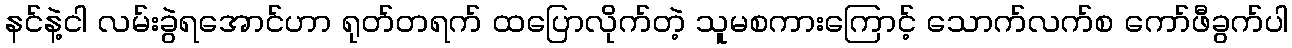
နင်နဲ့ငါ လမ်းခွဲရအောင်ဟာ ရုတ်တရက် ထပြောလိုက်တဲ့ သူမစကားကြောင့် သောက်လက်စ ကော်ဖီခွက်ပါ